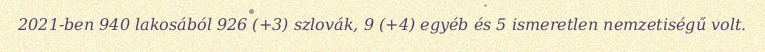
2021-ben 940 lakosából 926 (+3) szlovák, 9 (+4) egyéb és 5 ismeretlen nemzetiségű volt.